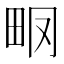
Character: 𤱆